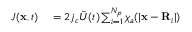
\begin{array} { r l } { J ( \mathbf { x } , t ) } & { { } = 2 j _ { c } \tilde { U } ( t ) \sum _ { i = 1 } ^ { N _ { p } } \chi _ { a } ( \lvert \mathbf { x } - \mathbf { R } _ { i } \rvert ) } \end{array}